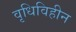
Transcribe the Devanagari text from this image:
वृधिविहीन